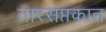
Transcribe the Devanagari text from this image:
तारसप्तकात